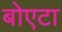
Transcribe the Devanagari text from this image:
बोएटा